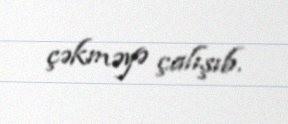
çəkməyə çalışıb.